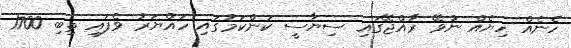
ހެނެއް ހިޔެއް ނުވޭ ރާއްޖޭގައި ސިޔާސީ ކަންކަމުގައި ހައްޔަރު ވެފައި ތިބި 1700